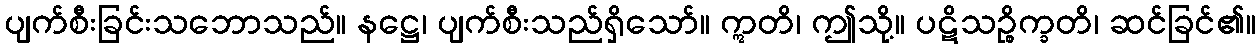
ပျက်စီးခြင်းသဘောသည်။ နဋ္ဌေ၊ ပျက်စီးသည်ရှိသော်။ ဣတိ၊ ဤသို့။ ပဋိသဉ္စိက္ခတိ၊ ဆင်ခြင်၏။